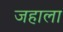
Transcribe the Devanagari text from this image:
जहाला